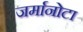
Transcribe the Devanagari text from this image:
जर्मानोटा